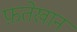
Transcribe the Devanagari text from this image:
फ़तेखान